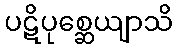
ပဋိပုစ္ဆေယျာသိ